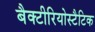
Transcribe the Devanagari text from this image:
बैक्टीरियोस्टैटिक